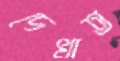
দেখাত